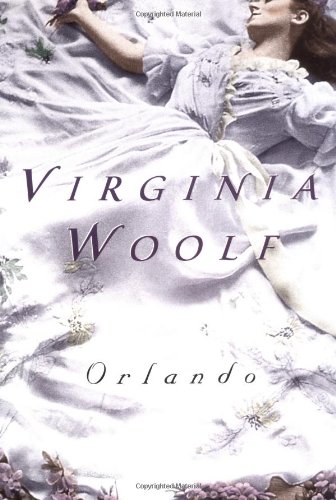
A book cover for Orlando: A Biography; Virginia Woolf; Literature & Fiction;